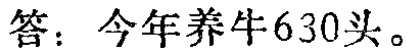
答：今年养牛630头。